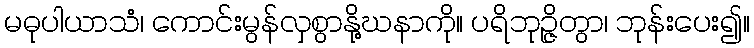
မဓုပါယာသံ၊ ကောင်းမွန်လှစွာနို့ဃနာကို။ ပရိဘုဉ္ဇိတွာ၊ ဘုန်းပေး၍။